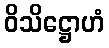
ဝိသိဋ္ဌောဟံ